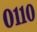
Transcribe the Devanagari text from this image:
०११०